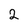
Character: 2